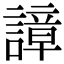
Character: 𧫱